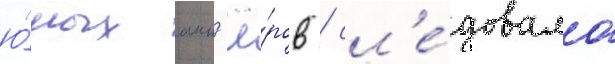
ю́ных акт'ё́ров / сл'е́довало